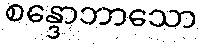
စန္ဒောဘာသော